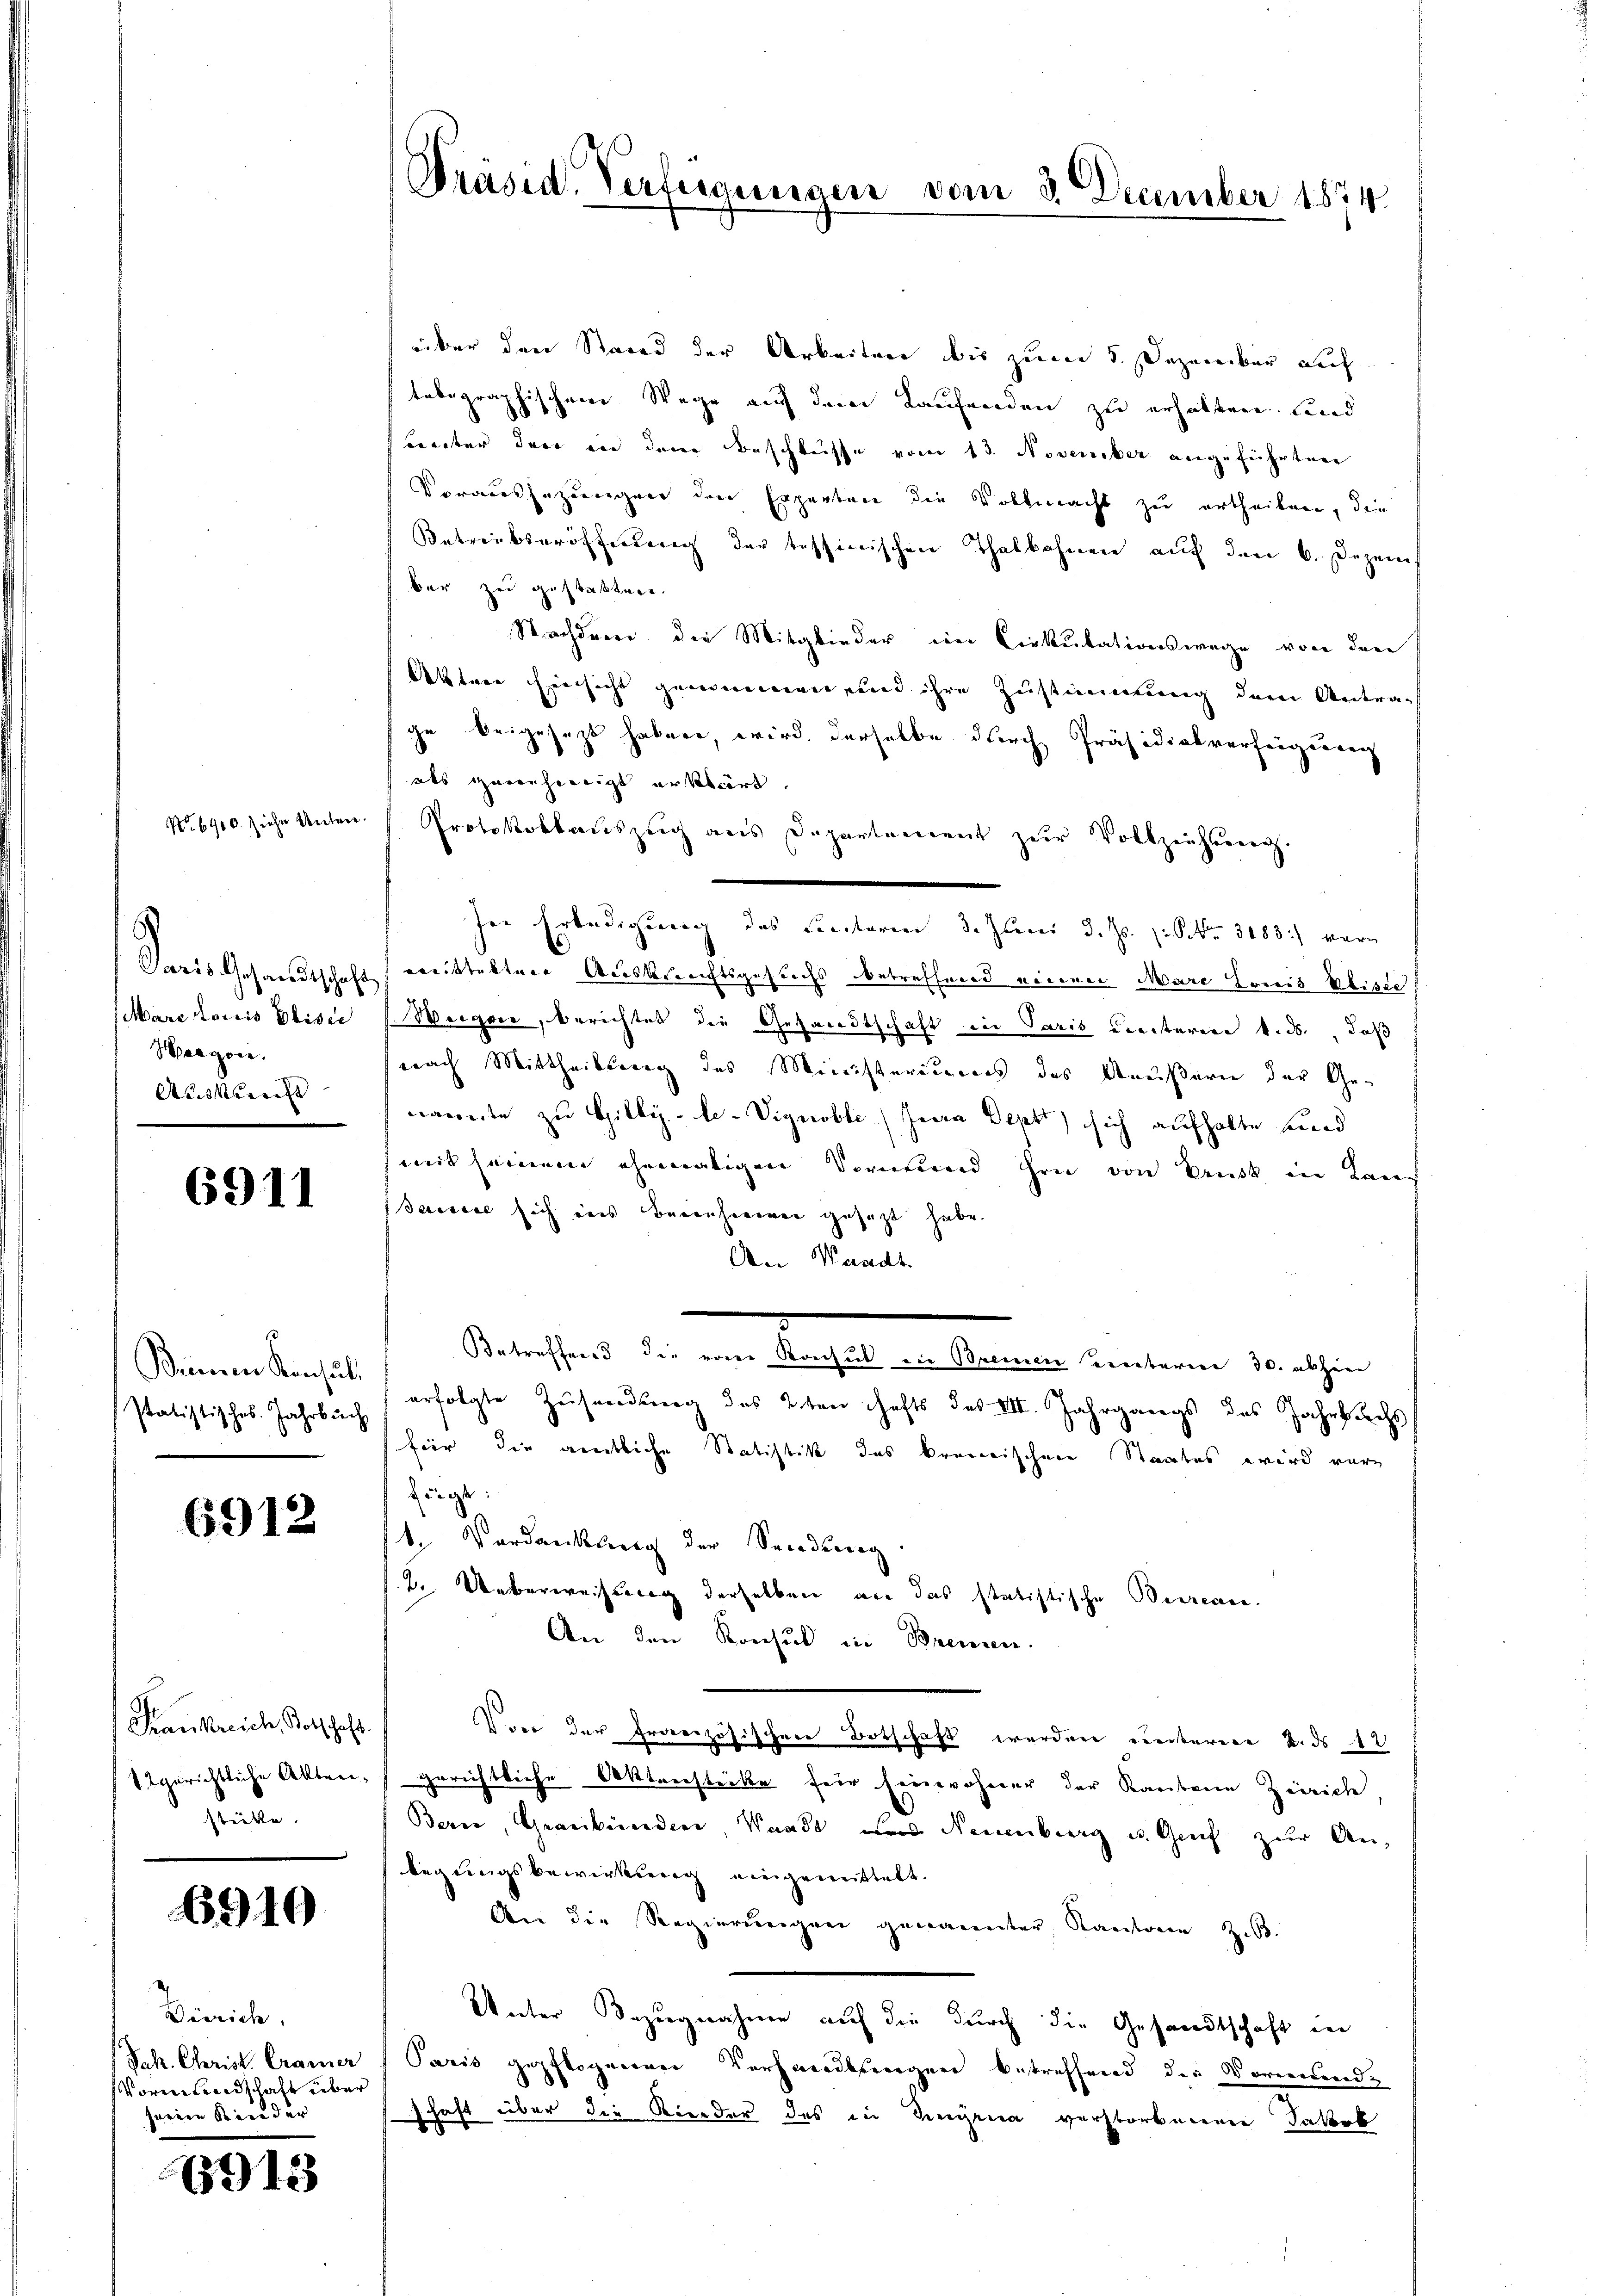
No. 6900. ziehe Untere

Karis Gesandtschaft
Mare Louis polisie
Haagore.
Auskunft

6911

Deinem Konsult
statistisches. Jahrbuch

6912

Frankreich, Kotschaft.
1tgerichtliche Alten,
ade.

6910

Dörrich
Pak. Christ. Cramer
Vormundschaft über
seine Kinder

6913

Präsid. Verfügungen vom 3. December 1874.

über den Stand der Arbeitung bis zum 5. Dazureiben auf
tebegraphischen Stege auf dem Laufenden zu erhalten und
breiter der an dem Beschlusse vom 13. November angeführten
Vorauszuzueigner den Erparten die Vollmacht zu ertheilen, die
Betreibseröffnung der tessinischen Thalbahnen auf den 6. Dezemf
bar zu gestatter
Nachdenen die Mitglieder ein Cirkulationswege von der
Akten Einsicht genommen und ihre Zustimmung der Antrag
ge beigesezt haben, wird derselbe durch Präsidialverfeigenen
als genehmigt erklärt
Protokollauszug aus Departement zur Vollziehung
In Erledigung des Lectoren 3. Juni d. Js. S. 3183) war
emittelten Auskunftsgesuchs betreffend einen Marc Honis klare
Weiger, berichtet die Gesandtschaft in Paris Creiterer k. ds., daß
nach Mittheilsrang des Ministeriums des Aeußern der Genannte zu Gilby-le-Vignoble Herrn Dept, sich aufhalte und
mit seinem ehemaligen Vormund hin von Brust in Kan
Scresiae sich eins Bernhienen gesezt habe.
An Waadt
Betreffend die von Konsul die Bremen einterer 30. abhin
erfolgte Zusendung des 2ten hafts des III. Jahrgangs des Jahrbachs
für die amtliche Statistik des kreisischen Staates wird ver¬
Zügt:
1. Verdankung der Sendung
2. Ueberweissung derselben an das statistische Betrac
An den Konsul in Brennen.
Von der Französischen Botschaft werden unterere u. ds 12
gerichtliche Aktenstücke für Einwohner der Raubene Zürich,
Bern, Graubünden, Waadt und Neuenburg u. Graf zur An-
legungsbewirkung eingemittelt.
An die Regierungen genannter Kantone zu.
Unter Bezugnahme auf die durch die Gesandtschaft in
Paris gepflogenen Verhandlungen betreffend die Vormund-
schaft über die Rieder des in Dingena verstorbenen Jakob